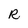
Character: R